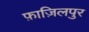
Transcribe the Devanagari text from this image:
फ़ाज़िलपुर